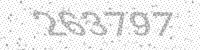
Solution: 263797